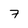
Character: 7